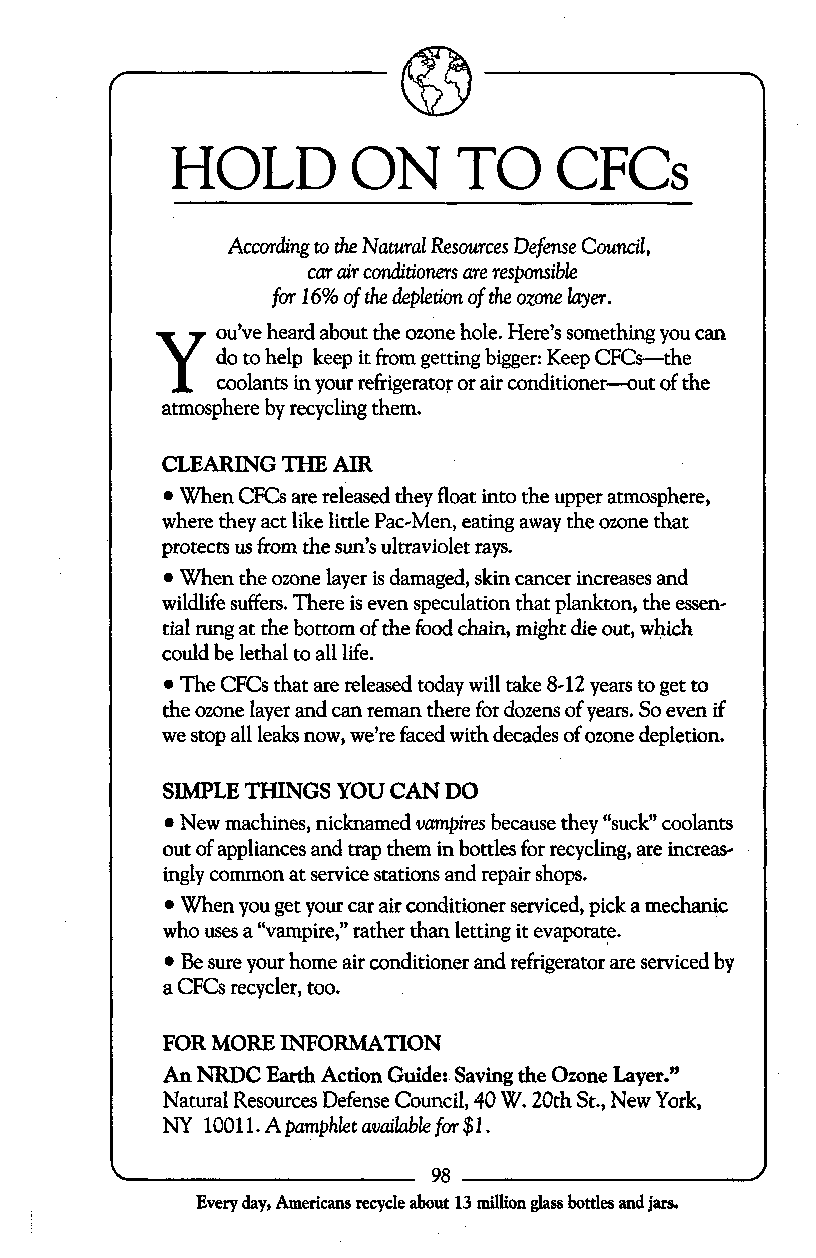
HOLD        ON     TO     CFCs
 According to the Natural Resources Defense Council,
 car air conditioners are responsible
 for 16% of the depletion of the ozone byer.
 Y   ou’ve heard about the ozone hole. Here’s something you can
 do to help keep it from getting bigger: Keep CFCs-the
 coolants in your refrigerator or air conditioner-out of the
 atmosphere by recycling them.
 CLEARING THE AIR
 When CFCs are released they float into the upper atmosphere,
 where they act like little Pac-Men, eating away the ozone that
 protects us from the sun’s ultraviolet rays.
 When the ozone layer is damaged, skin cancer increases and
 wildlife suffers. There is even speculation that plankton, the essen-
 tial rung at the bottom of the food chain, might die out, which
 could be lethal to all life.
 The CFCs that are released today will take 8-12 years to get to
 the ozone layer and can reman there for dozens of years. So even if
 we stop all leaks now, we’re faced with decades of ozone depletion.
 SIMPLE THINGS YOU CAN DO
 New machines, nicknamed vampires because they “suck” coolants
 out of appliances and trap them in bottles for recycling, are increas-
 ingly common at service stations and repair shops.
 When you get your car air conditioner serviced, pick a mechanic
 who uses a “vampire,” rather than letting it evaporate.
 Be sure your home air conditioner and refrigerator are serviced by
 a CFCs recycler, too.
 FOR MORE INFORMATION
 An NRDC Earth Action Guide: Saving the Ozone Layer.”
 Natural Resources Defense Council, 40 W. 20th St., New York,
 NY 10011.Apamphletaorailablefor$1.
 98
 Every day, Americans recycle about 13 million glass bottles and jars.